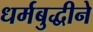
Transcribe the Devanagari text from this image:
धर्मबुद्धीने